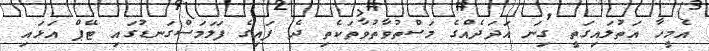
އެމީހާ އަތުލައިގަތީ ގިނަ އަދަދެއްގެ މަސްތުވާތުވާތަކެތި ދެ ފައިގެ ފަލަމަސްގަނޑުގައި ޓޭޕް އަޅައި